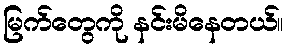
မြက်တွေကို နင်းမိနေတယ်။